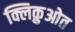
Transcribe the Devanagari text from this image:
क्लिक़ुओत